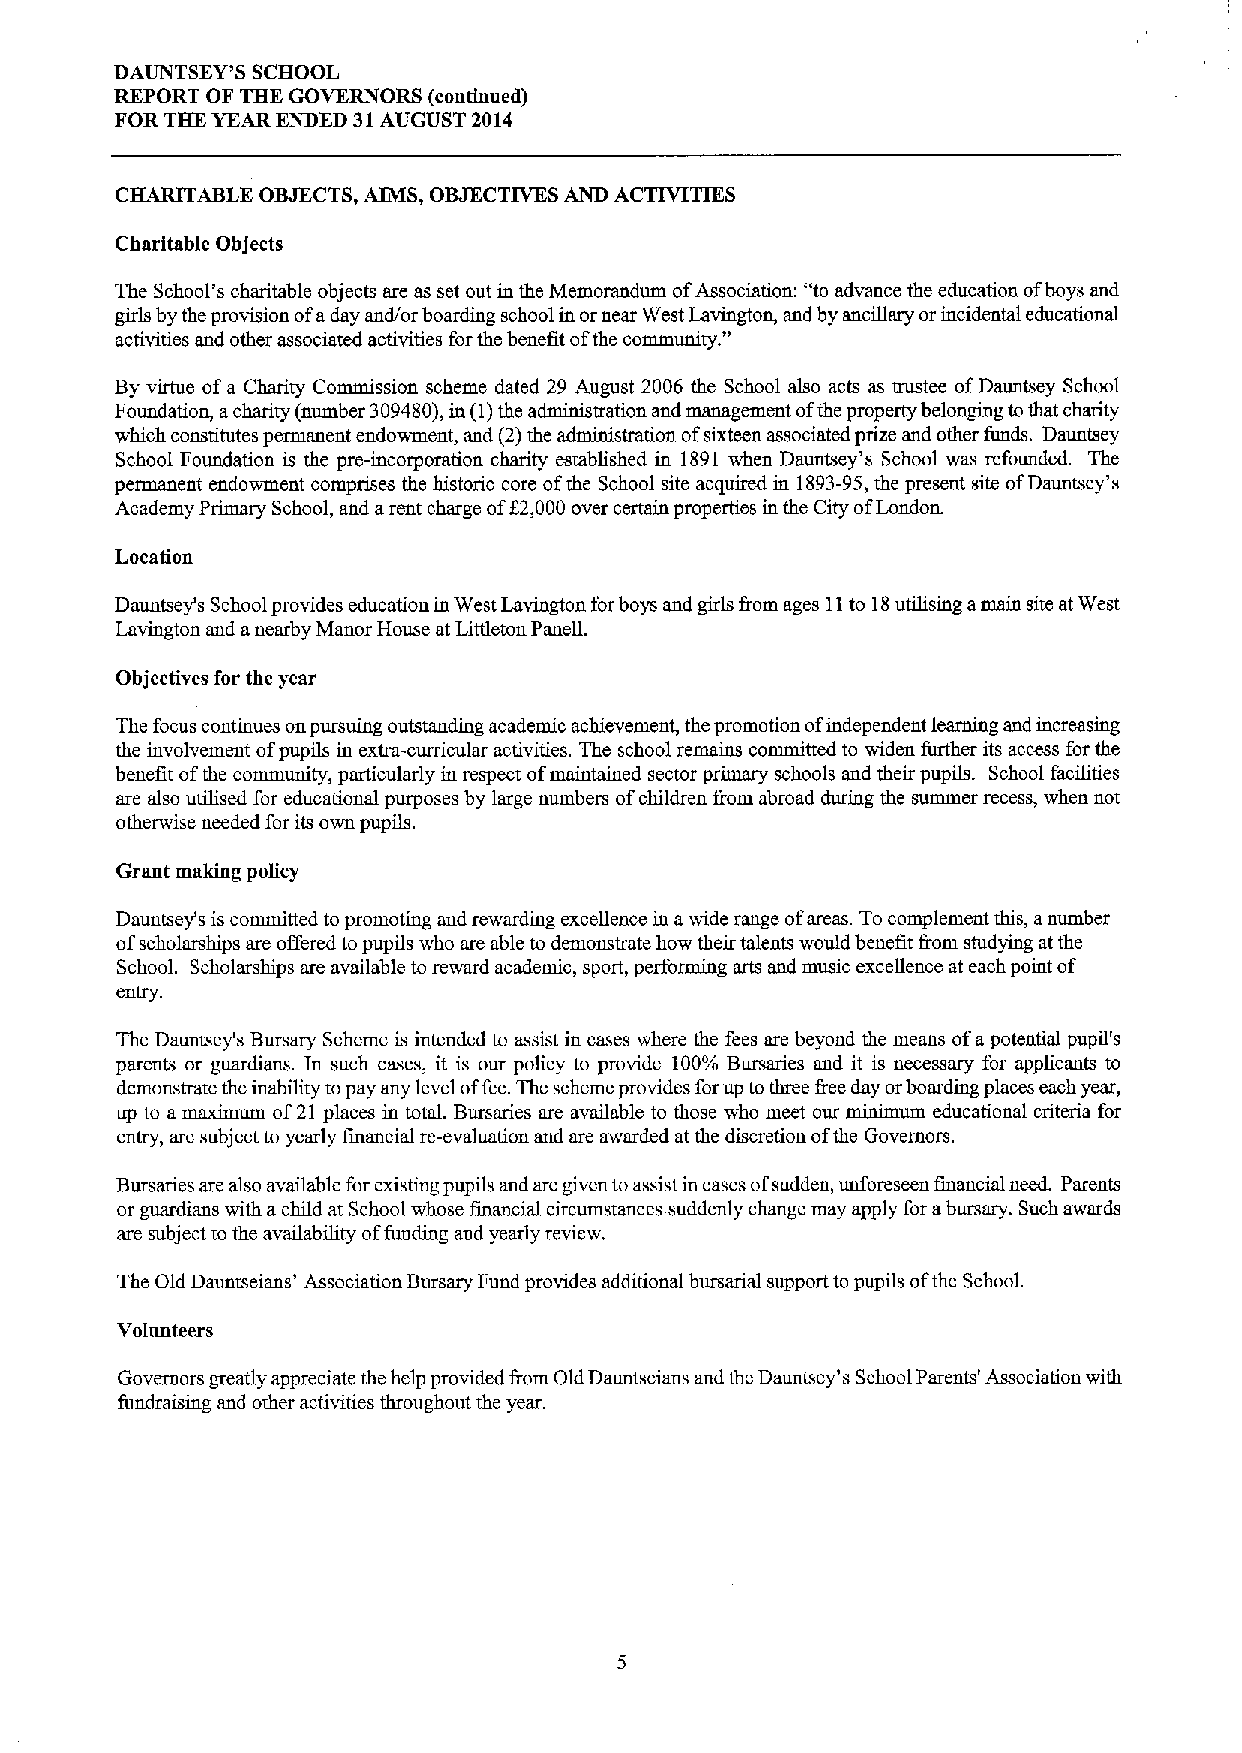
DAUNTSEY'S SCHOOL
 REPORT OF THE GOVERNORS (continued)
 FOR THE YEAR ENDED 31AUGUST 2014
 CHAR%ABLE OBJECTS,AIMS, OBJECTIVESAND ACTIVITIES
 Charitable Objects
 The School's charitable objects are as set out in the Memorandum ofAssociation: "to advance the education ofboys and
 girls by the provision ofaday and/or boarding school in ornear West Lavin"gton, and by ancillary or incidental educational
 activities and other associated activities forthe benefit ofthe community.
 By virtue ofa Charity Commission scheme dated 29 August 2006 the School also acts as trustee ofDauntsey School
 Foundation, acharity (number 309480),in (1)the administration and management ofthe property belonging tothat charity
 which constitutes permanent endowment, and (2)the administration ofsixteen associated prize and other funds. Dauntsey
 School Foundation is the pre-incorporation charity established in 1891 when Dauntsey's School was refounded. The
 permanent endowment comprises the historic core ofthe School site acquired in 1893-95,the present site ofDauntsey's
 Academy Primary School, and arent charge of52,000over certain properties in the City ofLondon.
 Location
 Dauntsey's School provides education in West Lavington forboys and girls &om ages 11to 18utilising amain site atWest
 Lavington and anearby Manor House at Littleton Panell.
 Objectives for the year
 The focus continues onpursuing outstanding academic achievement, the promotion ofindependent learning and increasing
 the involvement ofpupils in extra-curricular activities. The school remains committed to widen further its acmss for the
 benefit ofthe community, particularly in respect ofmaintained sector primary schools and their pupils. School facilities
 are also utilised for educational purposes by large numbers ofchildren &om abroad during the summer recess, when not
 otherwise needed for its own pupils.
 Grant making policy
 Dauntsey's is committed to promoting and rewarding excellence in awide range ofareas. Tocomplement this, anumber
 ofscholarships are offered topupils who are able to demonstrate how their talents would benefit from studying at the
 School. Scholarships are available to reward academic, sport, performing arts and music excellence at each point of
 entry.
 The Dauntsey's Bursary Scheme is intended to assist in cases where the fees are beyond the means ofapotential pupil's
 parents or guardians. In such cases, it is our policy to provide 100'/o Bursaries and it is necessary for applicants to
 demonstrate the inability topay any level offee.The scheme provides forup tothree &eeday orboarding places each year,
 up to a maximum of21 places in total. Bursaries are available to those who meet our minimum educational criteria for
 entry, are subject to yearly financial re-evaluation and are awarded at the discretion ofthe Governors.
 Bursaries are also available for existing pupils and are given toassist in cases ofsudden, unforeseen financial need. Parents
 or guardians with achild at School whose financial circumstances suddenly change may apply for abursary. Such awards
 are subject to the availability offunding and yearly review.
 The Old Dauntseians' Association Bursary Fund provides additional bursarial support to pupils ofthe School.
 Volunteers
 Governors greatly appreciate the help provided &om Old Dauntseians and the Dauntsey's School Parents' Association with
 fundraising and other activities throughout the year.